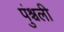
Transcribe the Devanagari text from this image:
पुंश्चली